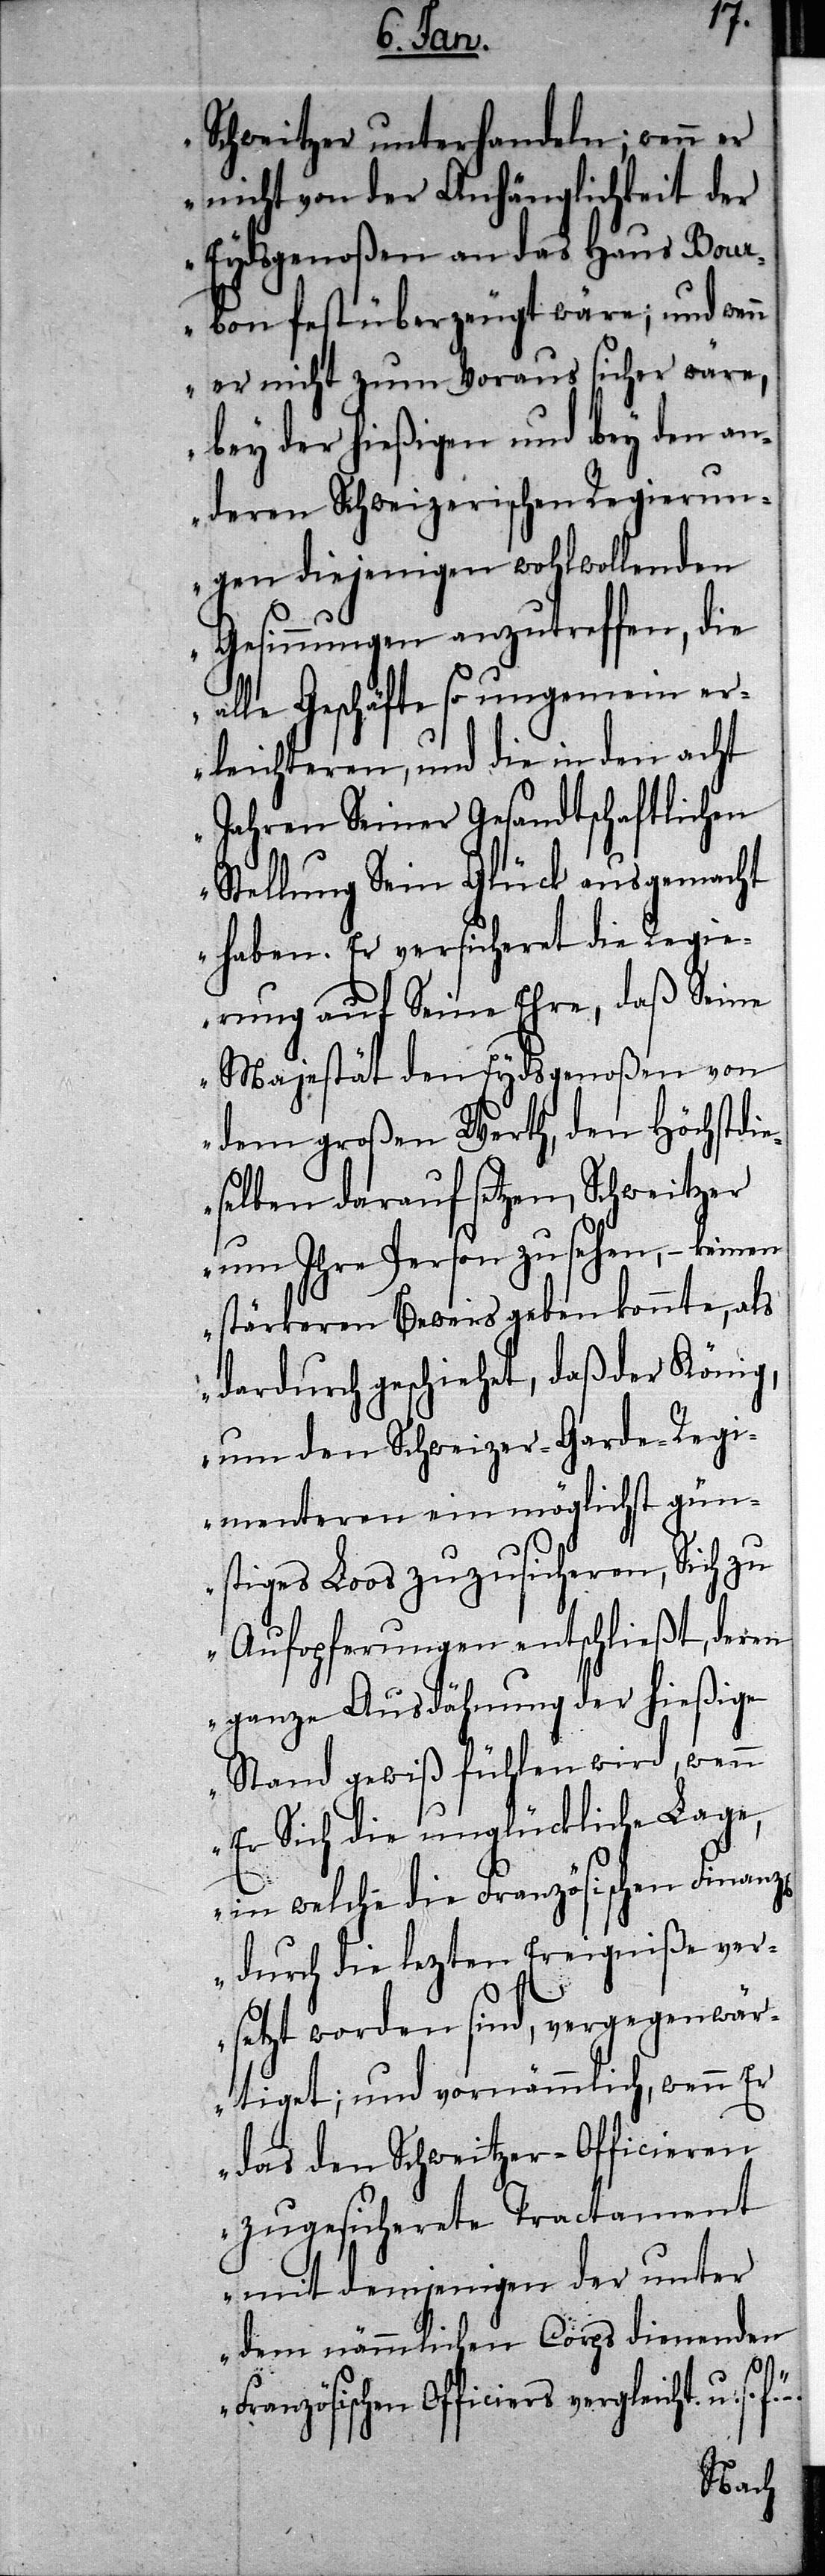
Schweitzer unterhandeln; wenn er
nicht von der Anhänglichkeit der
Eydsgenoßen an das Haus Bour¬
bon fest überzeugt wäre; und wen¬
n er nicht zum Voraus sicher wäre,
bey der hießigen und bey den an¬
deren Schweizerischen Regierun¬
gen diejenigen wohlwollenden
Gesinnungen anzutreffen, die
alle Geschäfte so ungemein er¬
leichteren, und die in den acht
Jahren Seiner Gesandtschaftlichen
Stellung Sein Glück ausgemacht
haben. Er versicheret die Regie¬
rung auf Seine Ehre, daß Seine
Majestät den Eydsgenoßen von
dem großen Werth, den Höchstdie¬
selben darauf setzen, Schweitzer
um Ihre Person zu sehen, – keinen
stärkeren Beweis geben könnte, als
dardurch geschiehet, daß der König,
um den Schweizer-Garde-Regi¬
menteren ein möglichst gün¬
stiges Loos zuzusicheren, Sich zu
Aufopferungen entschließt, deren
z[en]
ganze Ausdähnung der hießige
Stand gewiß fühlen wird, wenn
Er sich die unglückliche Lage,
in welche die Französischen Finan¬
durch die lezten Ereigniße ver¬
setzt worden sind, vergegenwär¬
tiget; und vornämmlich, wenn Er
das den Schweitzer-Officieren
zugesicherete Tractament
mit demjenigen der unter
dem nämmlichen Corps dienenden
Französischen Officiers vergleicht. u. s.